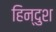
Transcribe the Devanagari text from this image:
हिन्दुश